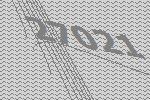
27021